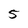
Character: 5